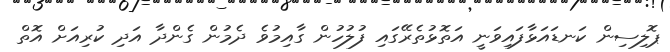
ޕޮލިސިން ކަނޑައަޅާފައިވަނީ އަތޮޅުތެރޭގައި ފުލުހުން ގާއިމުވެ ދެމުން ގެންދާ އަދި ކުރިއަށް އޮތް